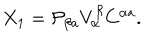
X _ { 1 } = { \cal P } _ { \beta a } V _ { \alpha } ^ { \beta } C ^ { \alpha a } .